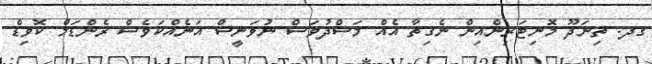
ގދ. ތިނަދޫ މޮނިޓަރިންއިން ނެގިތާ އެއް މަސްދުވަސް ނުވަނީސް އަނެއްކަވެސް ރެންޑަމް ކޮވިޑް